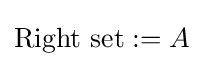
{\text{Right set}}:=A